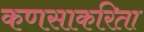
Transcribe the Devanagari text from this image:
कणसाकरिता